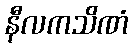
နီလကသိဏံ